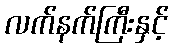
လက်နက်ကြီးနှင့်